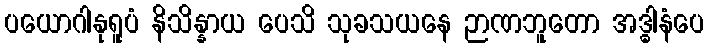
ပယောဂါနုရူပံ နိသိန္နာယ ပေသိ သုခသယနေ ဉာဏဘူတော အဒ္ဓါနံပေ